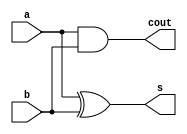
`timescale 1ns/1ns
module HalfAdder (a,b,s,cout);
    input a,b;
    output s,cout;
    
    assign s= a^b;
    assign cout = (a & b);
endmodule